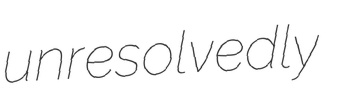
unresolvedly